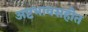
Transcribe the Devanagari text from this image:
अष्टभावसहीत